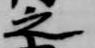
之